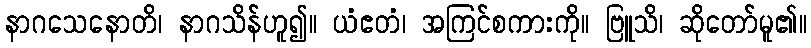
နာဂသေနောတိ၊ နာဂသိန်ဟူ၍။ ယံဧတံ၊ အကြင်စကားကို။ ဗြူသိ၊ ဆိုတော်မူ၏။